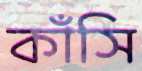
কাঁসি